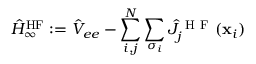
\hat { H } _ { \infty } ^ { \mathrm { H F } } : = \hat { V } _ { e e } - \sum _ { i , j } ^ { N } \sum _ { \sigma _ { i } } \hat { J } _ { j } ^ { \mathrm { ~ H ~ F ~ } } ( \mathbf { x } _ { i } )